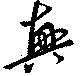
興